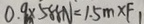
0 . 9 m \times 5 8 8 N = 1 . 5 m \times F _ { 1 }